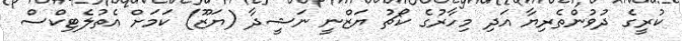
ކުރީގެ ދުވުންތެރިޔާ އަދި މިހާރުގެ ކޯޗު ޔަޒްނީ ނަޝީދާ (ޔަޒޫ) ކަމަށް އެތުލެޓިކްސް